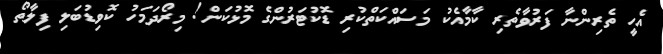
އެހީ ތެރިންނާ ފަރުވާތެރި ކާމާއެކު މަސައްކަތްކުރި ޑޮކުޓަރުންގެ މޮޅުކަން! މިރޯދަމަހު ކޮވިޑުބަލި ފިލާތޯ